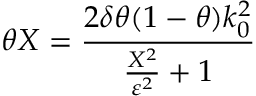
\theta X = \frac { 2 \delta \theta ( 1 - \theta ) k _ { 0 } ^ { 2 } } { \frac { X ^ { 2 } } { \varepsilon ^ { 2 } } + 1 }